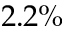
2 . 2 \%